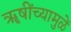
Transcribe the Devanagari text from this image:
ॠषींच्यामुळें